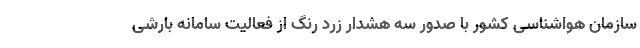
سازمان هواشناسی کشور با صدور سه هشدار زرد رنگ از فعالیت سامانه بارشی